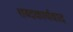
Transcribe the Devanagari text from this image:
शब्दकार्यवाद